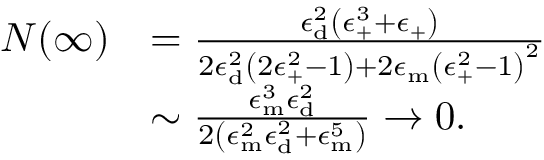
\begin{array} { r l } { N ( \infty ) } & { = \frac { \epsilon _ { \mathrm { { d } } } ^ { 2 } \left( \epsilon _ { \mathrm { + } } ^ { 3 } + \epsilon _ { \mathrm { + } } \right) } { 2 \epsilon _ { \mathrm { { d } } } ^ { 2 } \left( 2 \epsilon _ { \mathrm { + } } ^ { 2 } - 1 \right) + 2 \epsilon _ { \mathrm { { m } } } \left( \epsilon _ { \mathrm { + } } ^ { 2 } - 1 \right) ^ { 2 } } } \\ & { \sim \frac { \epsilon _ { \mathrm { { m } } } ^ { 3 } \epsilon _ { \mathrm { { d } } } ^ { 2 } } { 2 \left( \epsilon _ { \mathrm { { m } } } ^ { 2 } \epsilon _ { \mathrm { { d } } } ^ { 2 } + \epsilon _ { \mathrm { { m } } } ^ { 5 } \right) } \rightarrow 0 . } \end{array}